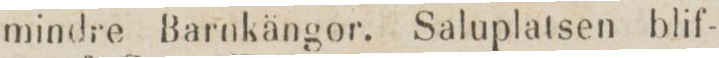
mindre Barnkängor. Saluplatsen blif-